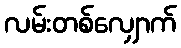
လမ်းတစ်လျှောက်